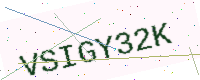
Text: VSIGY32K